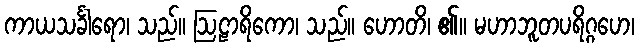
ကာယသင်္ခါရော၊ သည်။ ဩဠာရိကော၊ သည်။ ဟောတိ၊ ၏။ မဟာဘူတပရိဂ္ဂဟေ၊